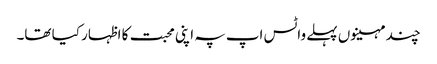
چند مہینوں پہلے واٹس اپ پہ اپنی محبت کا اظہار کیا تھا۔